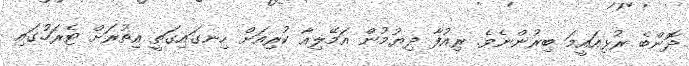
ދޮންބެ ރުޅިއައީމަ ބިރުންނެވެ. ރިއުފާ ދިޔުމުން އަމޭލިއާ ކުރިއަށް ހިނގައިގަތީ އިތުރަށް ޓެރަހުގައި